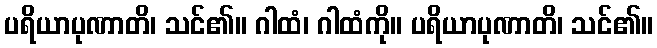
ပရိယာပုဏာတိ၊ သင်၏။ ဂါထံ၊ ဂါထံကို။ ပရိယာပုဏာတိ၊ သင်၏။